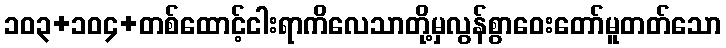
၁၀၃+၁၀၄+တစ်ထောင့်ငါးရာကိလေသာတို့မှလွန်စွာဝေးတော်မူတတ်သော